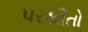
પરથીતો